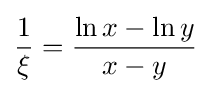
{\frac {1}{\xi }}={\frac {\ln x-\ln y}{x-y}}